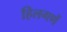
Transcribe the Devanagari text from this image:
हिलगणें